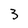
Character: 3